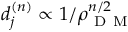
d _ { j } ^ { ( n ) } \propto 1 / \rho _ { \mathrm { ~ D ~ M ~ } } ^ { n / 2 }